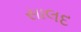
સાલદ